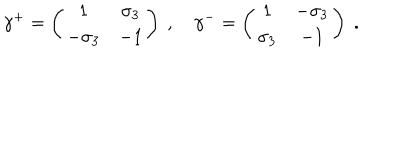
\gamma ^ { + } = \left( \begin{array} { c c } { { 1 } } & { { \sigma _ { 3 } } } \\ { { - \sigma _ { 3 } } } & { { - 1 } } \\ \end{array} \right) ~ , ~ \gamma ^ { - } = \left( \begin{array} { c c } { { 1 } } & { { - \sigma _ { 3 } } } \\ { { \sigma _ { 3 } } } & { { - 1 } } \\ \end{array} \right) \; .